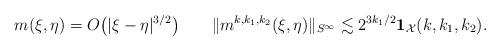
LaTeX: \begin{align*}m(\xi,\eta) = O\big( |\xi-\eta|^{3/2} \big)\quad\quad\| m^{k,k_1,k_2}(\xi,\eta) \|_{S^\infty} \lesssim 2^{3k_1/2} \mathbf{1}_{\mathcal{X}}(k,k_1,k_2).\end{align*}